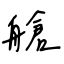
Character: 艙